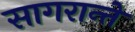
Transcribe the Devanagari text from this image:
सागरान्ते